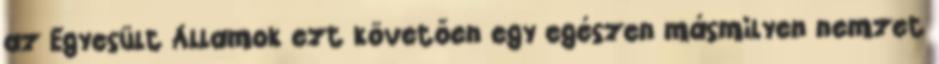
az Egyesült Államok ezt követően egy egészen másmilyen nemzet